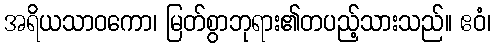
အရိယသာဝကော၊ မြတ်စွာဘုရား၏တပည့်သားသည်။ ဧဝံ၊